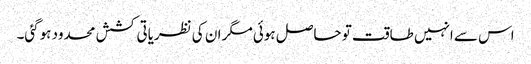
اس سے انہیں طاقت تو حاصل ہوئی مگر ان کی نظریاتی کشش محدود ہوگئی۔